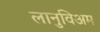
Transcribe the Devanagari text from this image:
लानुविअम